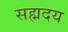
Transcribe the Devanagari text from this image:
सह्मदय